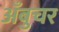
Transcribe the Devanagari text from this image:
अँबुचर